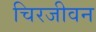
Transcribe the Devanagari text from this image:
चिरजीवन